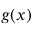
g ( x )